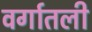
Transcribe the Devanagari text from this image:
वर्गातली